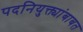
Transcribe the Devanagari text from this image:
पदनियुक्त्यांबाबत